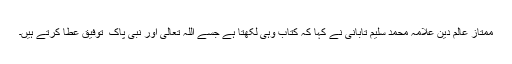
ممتاز عالم دین علامہ محمد سلیم تابانی نے کہا کہ کتاب وہی لکھتا ہے جسے اللہ تعالیٰ اور نبی پاک ۖ توفیق عطا کرتے ہیں۔